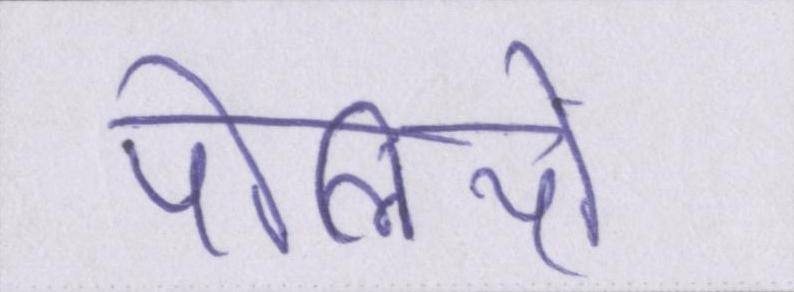
पोलियो